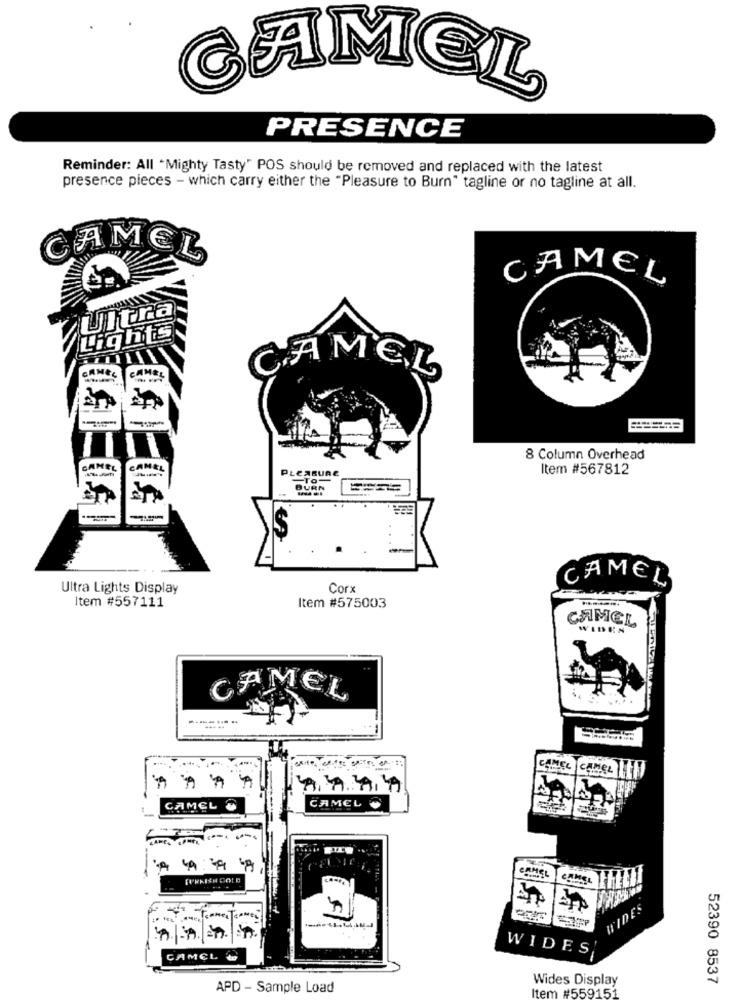
CAMEL
PRESENCE
Reminder: All "Mighty Tasty" POS should be removed and replaced with the latest
presence pieces - which carry either the "Pleasure to Burn" tagline or no tagline at all.
CAMEL
CAMEL
Ultra
Lights
GAMEL
CAMEL
CAMEL
8 Column Overhead
CAMEL
CAMEL
PLEASURE
Item #567812
-TO-
CAMEL
Ultra Lights Display
Corx
Item #557111
Item #575003
CAMEL
WIDEN
CAMEL
.....
CAMEL
CAMEL &
CAMEL
CAMEL
TURKISH COLD
WIDES
WIDES
CAMCL W
Wides Display
52390 8537
APD - Sample Load
Item #559151